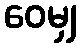
ဝေမျှ